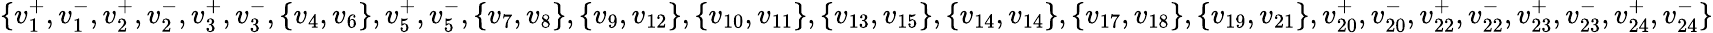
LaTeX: \{ v_{1}^{+},v_{1}^{-},v_{2}^{+},v_{2}^{-},v_{3}^{+},v_{3}^{-},\{ v_{4},v_{6}\} ,v_{5}^{+},v_{5}^{-},\{ v_{7},v_{8}\} ,\{ v_{9},v_{12}\} ,\{ v_{10},v_{11}\} ,\{ v_{13},v_{15}\} ,\{ v_{14},v_{14}\} ,\{ v_{17},v_{18}\} ,\{ v_{19},v_{21}\} ,v_{20}^{+},v_{20}^{-},v_{22}^{+},v_{22}^{-},v_{23}^{+},v_{23}^{-},v_{24}^{+},v_{24}^{-}\}